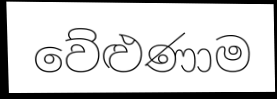
වේළුණාම